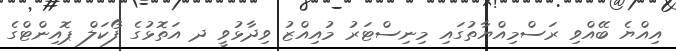
އިއްޔެ ބޭއްވި ރަސްމިއްޔާތުގައި މިނިސްޓަރު މުއިއްޒު ވިދާޅުވީ ދ އަތޮޅުގެ ފޯކަލް ޕޮއިންޓްގެ